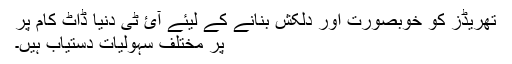
تھریڈز کو خوبصورت اور دلکش بنانے کے لیئے آئ ٹی دنیا ڈاٹ کام پر
پر مختلف سہولیات دستیاب ہیں۔